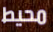
محيط